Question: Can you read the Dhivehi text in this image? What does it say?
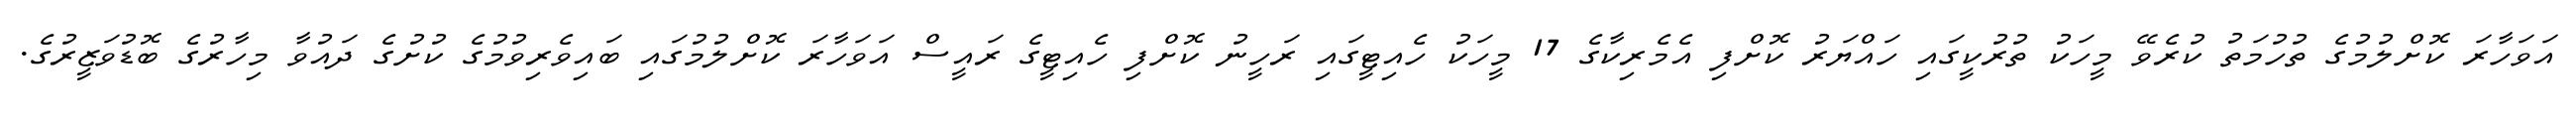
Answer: އަވަހާރަ ކޮށްލުމުގެ ތުހުމަތު ކުރެވޭ މީހަކު ތުރުކީގައި ހައްޔަރު ކޮށްފި އެމެރިކާގެ 17 މީހަކު ހެއިޓީގައި ރަހީނު ކޮށްފި ހެއިޓީގެ ރައީސް އަވަހާރަ ކޮށްލުމުގައި ބައިވެރިވުމުގެ ކުށުގެ ދައުވާ މިހާރުގެ ބޮޑުވަޒީރުގެ.